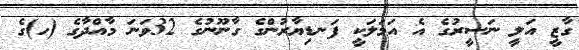
ގާޒީ އަލީ ނަސީރުގެ އެ އަމަލަކީ ފަނޑިޔާރުންގެ ގާނޫނުގެ 32ވަނަ މާއްދާގެ (ހ)ގެ